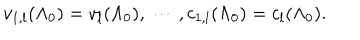
v _ { 1 , l } ( \Lambda _ { 0 } ) = v _ { l } ( \Lambda _ { 0 } ) , \, \cdots \, , c _ { 1 , l } ( \Lambda _ { 0 } ) = c _ { l } ( \Lambda _ { 0 } ) .